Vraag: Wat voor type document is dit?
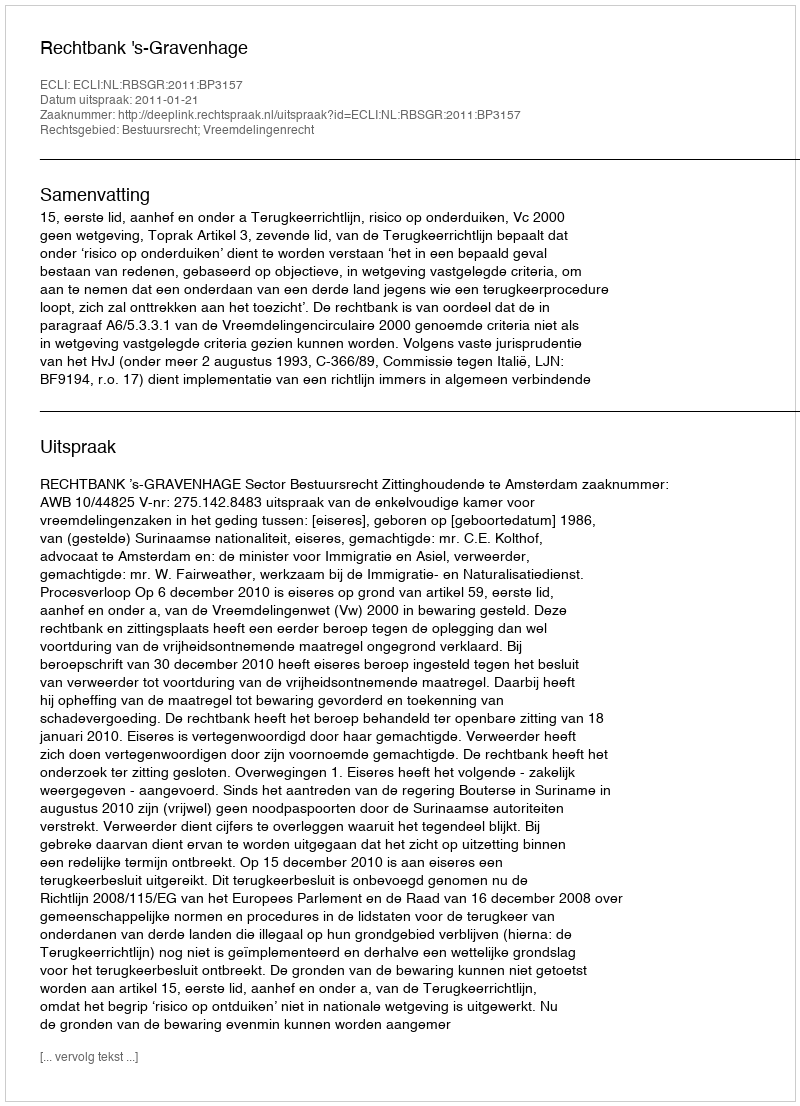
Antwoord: Uitspraak